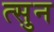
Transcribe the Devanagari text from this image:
त्सुन